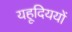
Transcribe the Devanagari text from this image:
यहूदिययों